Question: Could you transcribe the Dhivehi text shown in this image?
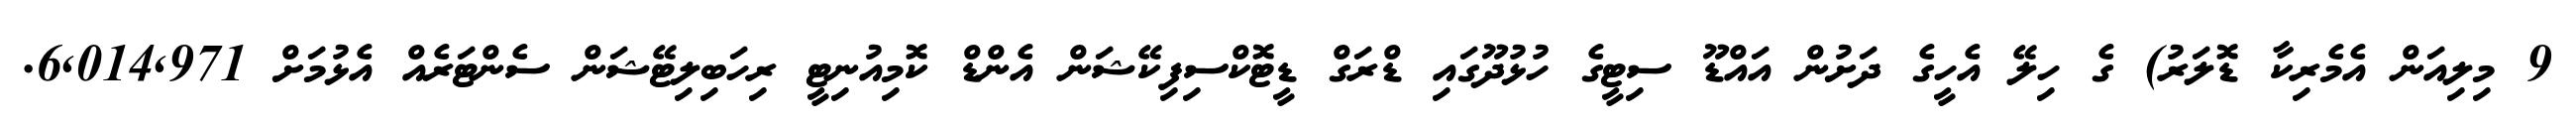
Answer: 9 މިލިއަން އެމެރިކާ ޑޮލަރު) ގެ ހިލޭ އެހީގެ ދަށުން އައްޑޫ ސިޓީގެ ހުޅުދޫގައި ޑްރަގް ޑީޓޮކްސިފިކޭޝަން އެންޑް ކޮމިއުނިޓީ ރިހަބިލިޓޭޝަން ސެންޓަރެއް އެޅުމަށް 6,014,971.